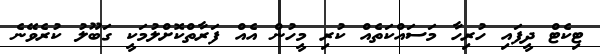
ޓިކެޓް ދީފައި ހުރިހާ މަސައްކަތެއް ކުރި މީހުން އެއް ފަރާތްކޮށްލުމަކީ ގަބޫލު ކުރެވޭނެ